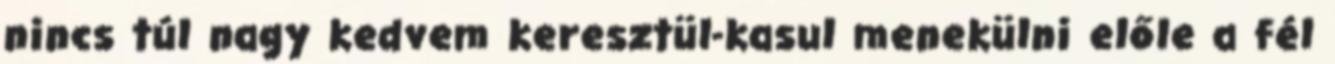
nincs túl nagy kedvem keresztül-kasul menekülni előle a fél